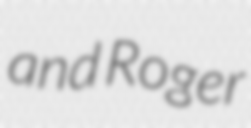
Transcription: and Roger